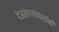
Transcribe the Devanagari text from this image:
देऊळगावकरांनी